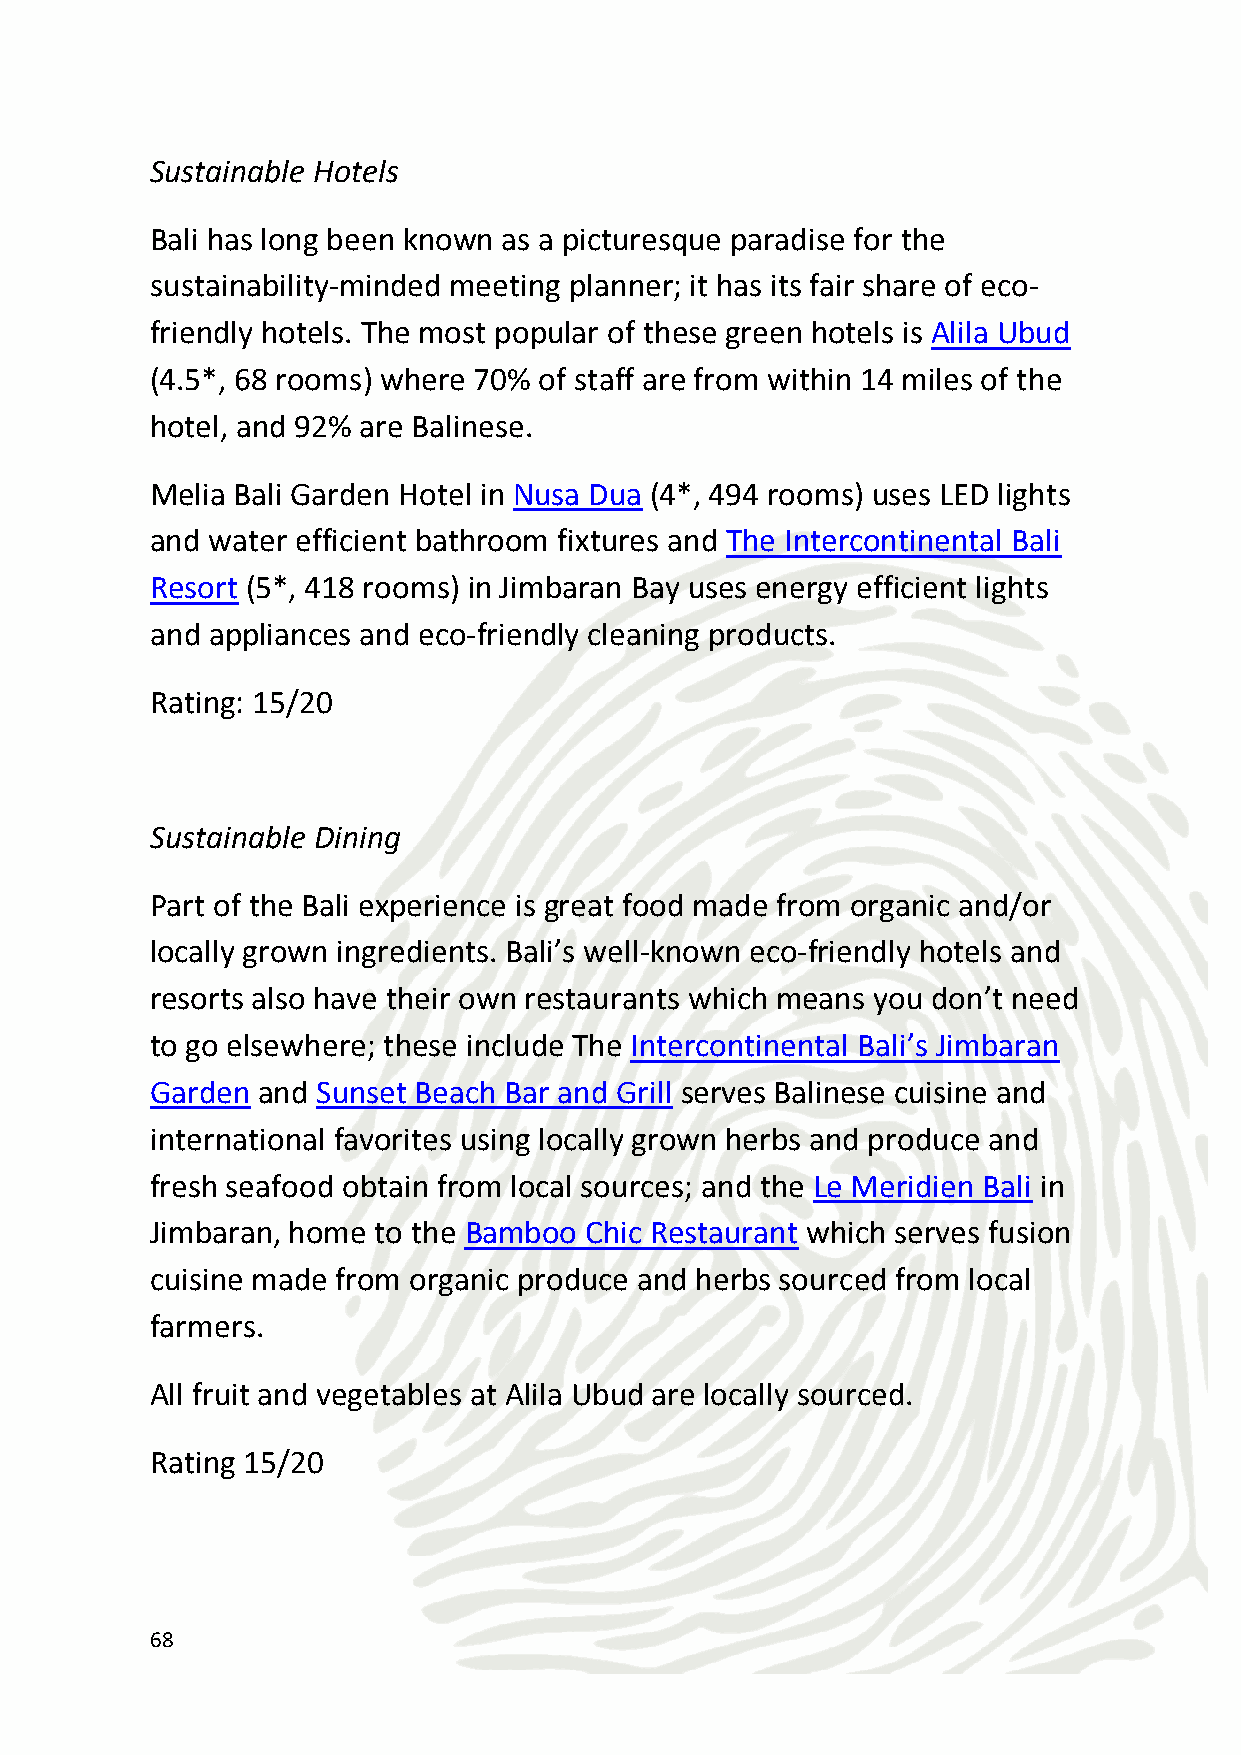
Green meeting facilities
 Bali also has some great green convention and meeting places ideal
 for different functions: The St. Regis Bali Resort offers paperless
 booking, organic menu options, locally sourced organic décor and
 green travel options among others. The Laguna Hotel Bali offers a
 completely paperless meeting service and a convenient e-booking
 service for event organizers and their guests.
 Rating: 10.5/15
 Green Transport
 Bali does have a decent shared-transport system, but it is only
 recommended   for those groups that are happy to waive seatbelts
 and want to really get immersed in the local culture. Pollution and
 smog are prevalent in Bali and traffic has worsened dramatically in
 recent years, with no sign of abatement. Furthermore there are
 some places which are only accessible by 4 x4.
 Rating: 6/15
 Eco-activities
 There are many environmentally sustainable things to do in Bali
 including: guided bushwalks, jungle and mountain hikes, surfing,
 white water rafting, Balinese healing medicine workshops, traditional
 Balinese meditation and cooking classes.
 Rating: 13.5/15
 69